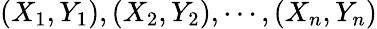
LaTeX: (X_{1},Y_{1}),(X_{2},Y_{2}),\cdots,(X_{n},Y_{n})